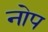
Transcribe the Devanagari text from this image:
नोप